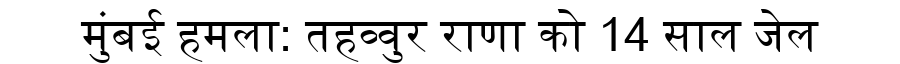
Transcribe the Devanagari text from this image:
मुंबई हमला: तहव्वुर राणा को 14 साल जेल